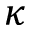
\kappa